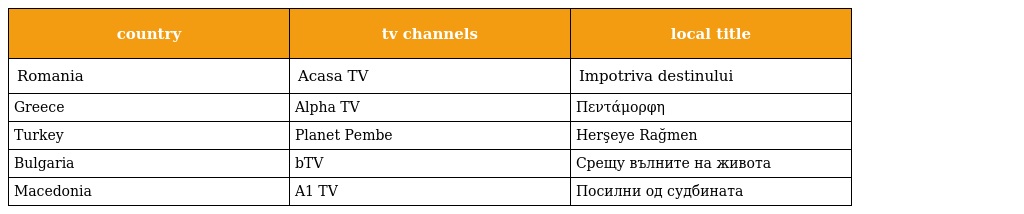
| country | tv channels | local title |
 | --- | --- | --- |
 | Romania | Acasa TV | Impotriva destinului |
 | Greece | Alpha TV | Πεντάμορφη |
 | Turkey | Planet Pembe | Herşeye Rağmen |
 | Bulgaria | bTV | Срещу вълните на живота |
 | Macedonia | A1 TV | Посилни од судбината |